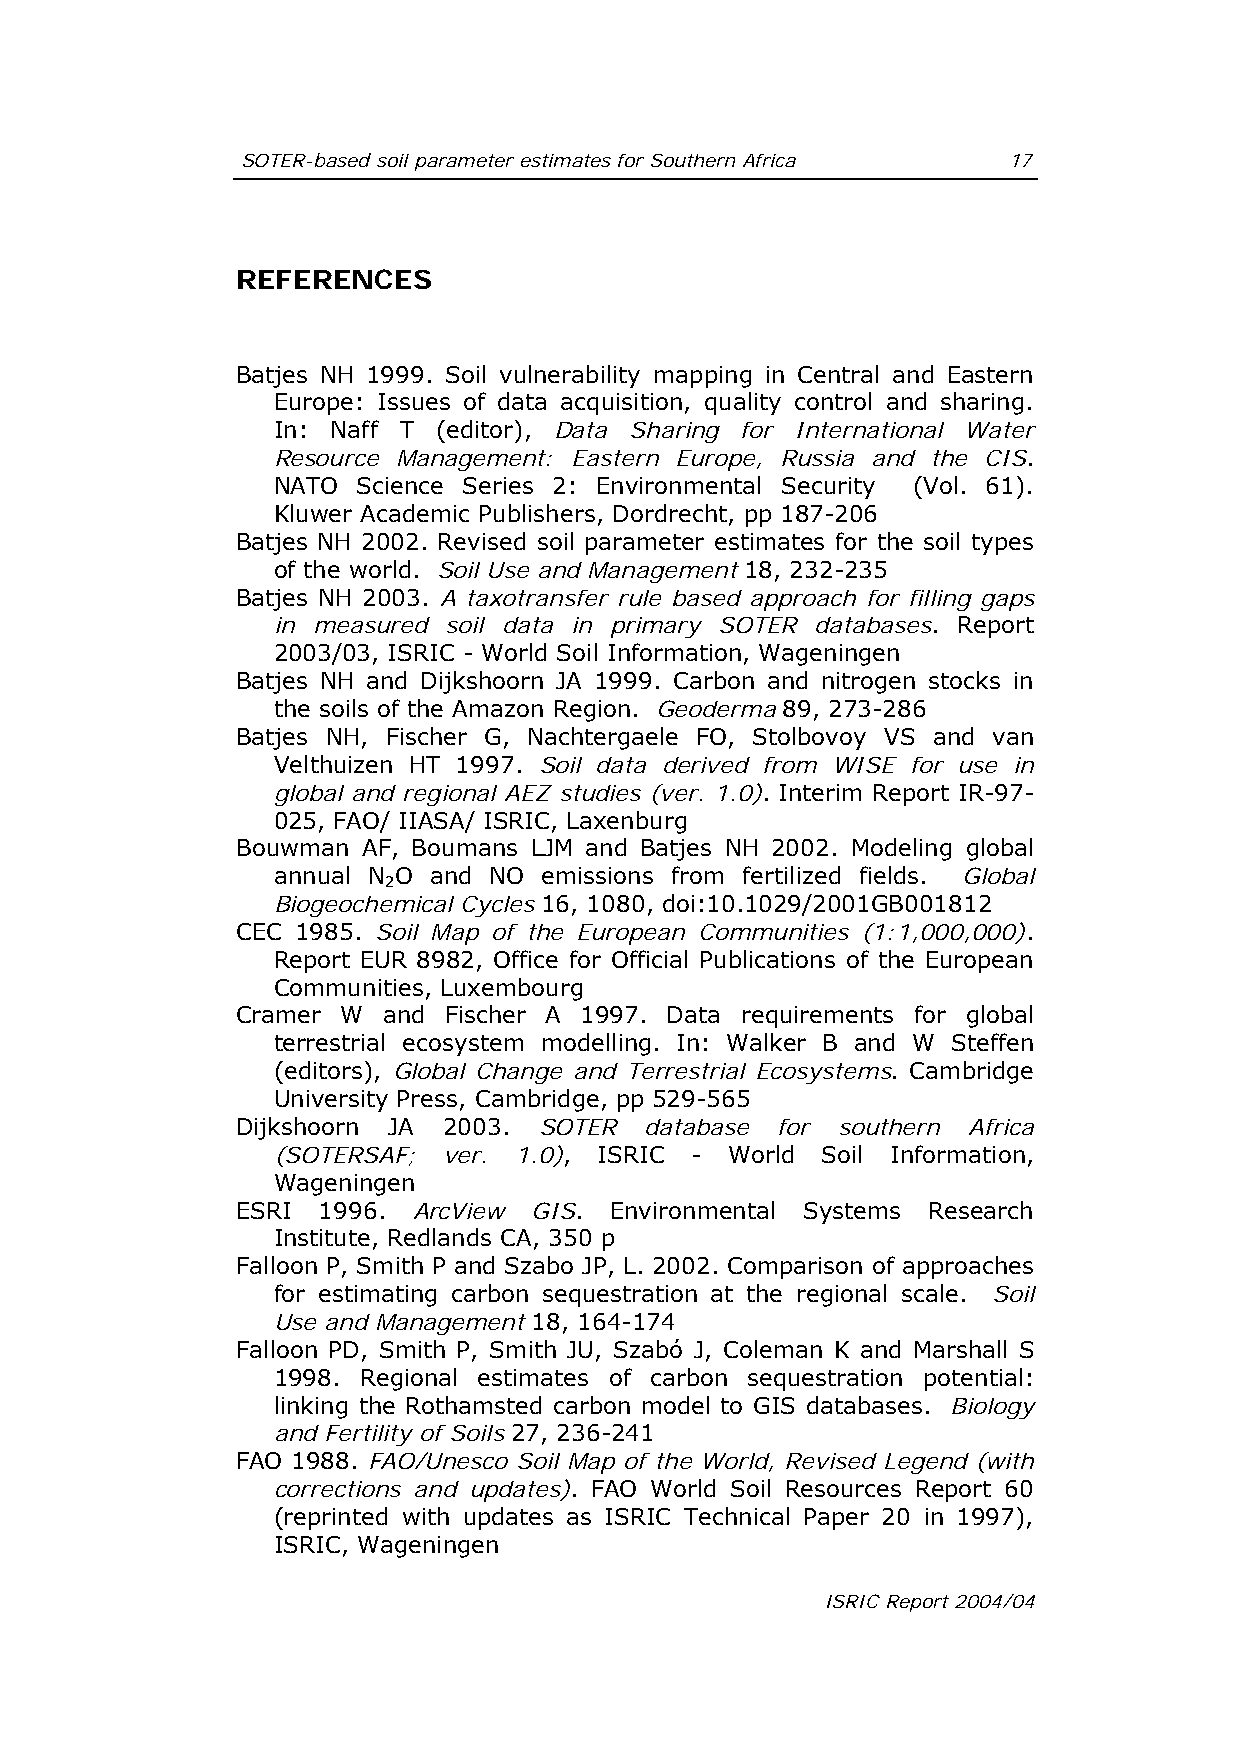
SOTER-based soil parameter estimates for Southern Africa 17
 REFERENCES
 Batjes NH 1999. Soil vulnerability mapping in Central and Eastern
 Europe: Issues of data acquisition, quality control and sharing.
 In: Naff T (editor), Data Sharing for International Water
 Resource Management: Eastern Europe, Russia and the CIS.
 NATO  Science Series 2: Environmental Security (Vol. 61).
 Kluwer Academic Publishers, Dordrecht, pp 187-206
 Batjes NH 2002. Revised soil parameter estimates for the soil types
 of the world. Soil Use and Management 18, 232-235
 Batjes NH 2003. A taxotransfer rule based approach for filling gaps
 in measured soil data in primary SOTER databases. Report
 2003/03, ISRIC - World Soil Information, Wageningen
 Batjes NH and Dijkshoorn JA 1999. Carbon and nitrogen stocks in
 the soils of the Amazon Region. Geoderma 89, 273-286
 Batjes NH, Fischer G, Nachtergaele FO, Stolbovoy VS and van
 Velthuizen HT 1997. Soil data derived from WISE for use in
 global and regional AEZ studies (ver. 1.0). Interim Report IR-97-
 025, FAO/ IIASA/ ISRIC, Laxenburg
 Bouwman AF, Boumans LJM and Batjes NH 2002. Modeling global
 annual N O and NO emissions from fertilized fields. Global
 2
 Biogeochemical Cycles 16, 1080, doi:10.1029/2001GB001812
 CEC 1985. Soil Map of the European Communities (1:1,000,000).
 Report EUR 8982, Office for Official Publications of the European
 Communities, Luxembourg
 Cramer W and Fischer A 1997. Data requirements for global
 terrestrial ecosystem modelling. In: Walker B and W Steffen
 (editors), Global Change and Terrestrial Ecosystems. Cambridge
 University Press, Cambridge, pp 529-565
 Dijkshoorn JA 2003. SOTER  database for southern Africa
 (SOTERSAF; ver. 1.0), ISRIC - World Soil Information,
 Wageningen
 ESRI 1996. ArcView GIS. Environmental Systems Research
 Institute, Redlands CA, 350 p
 Falloon P, Smith P and Szabo JP, L. 2002. Comparison of approaches
 for estimating carbon sequestration at the regional scale. Soil
 Use and Management 18, 164-174
 Falloon PD, Smith P, Smith JU, Szabó J, Coleman K and Marshall S
 1998. Regional estimates of carbon sequestration potential:
 linking the Rothamsted carbon model to GIS databases. Biology
 and Fertility of Soils 27, 236-241
 FAO 1988. FAO/Unesco Soil Map of the World, Revised Legend (with
 corrections and updates). FAO World Soil Resources Report 60
 (reprinted with updates as ISRIC Technical Paper 20 in 1997),
 ISRIC, Wageningen
 ISRIC Report 2004/04